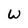
Character: W